Annual administration and progress report of the Indian Medical Department, Bombay
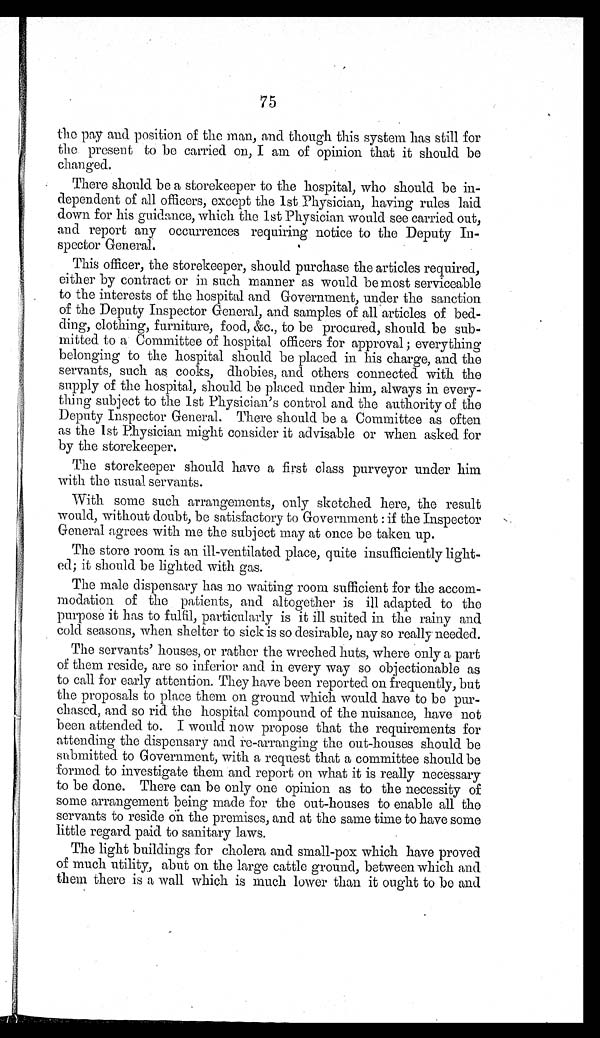
75
the pay and position of the man, and though this system has still for
the present to be carried on, I am of opinion that it should be
changed.
There should be a storekeeper to the hospital, who should be in-
dependent of all officers, except the 1st Physician, having rules laid
down for his guidance, which the 1st Physician would see carried out,
and report any occurrences requiring notice to the Deputy In-
spector General.
This officer, the storekeeper, should purchase the articles required,
either by contract or in such manner as would be most serviceable
to the interests of the hospital and Government, under the sanction
of the Deputy Inspector General, and samples of all articles of bed-
ding, clothing, furniture, food, &c., to be procured, should be sub-
mitted to a Committee of hospital officers for approval ; everything
belonging to the hospital should be placed in his charge, and the
servants, such as cooks, dhobies, and others connected with the
supply of the hospital, should be placed under him, always in every-
thing subject to the 1st Physician's control and the authority of the
Deputy Inspector General. There should be a Committee as often
as the 1st Physician might consider it advisable or when asked for
by the storekeeper.
The storekeeper should have a first class purveyor under him
with the usual servants.
With some such arrangements, only sketched here, the result
would, without doubt, be satisfactory to Government : if the Inspector
General agrees with me the subject may at once be taken up.
The store room is an ill-ventilated place, quite insufficiently light-
ed; it should be lighted with gas.
The male dispensary has no waiting room sufficient for the accom-
modation of the patients, and altogether is ill adapted to the
purpose it has to fulfil, particularly is it ill suited in the rainy and
cold seasons, when shelter to sick is so desirable, nay so really needed.
The servants' houses, or rather the wreched huts, where only a part
of them reside, are so inferior and in every way so objectionable as
to call for early attention. They have been reported on frequently, but
the proposals to place them on ground which would have to be pur-
chased, and so rid the hospital compound of the nuisance, have not
been attended to. I would now propose that the requirements for
attending the dispensary and re-arranging the out-houses should be
submitted to Government, with a request that a committee should be
formed to investigate them and report on what it is really necessary
to be done. There can be only one opinion as to the necessity of
some arrangement being made for the out-houses to enable all the
servants to reside on the premises, and at the same time to have some
little regard paid to sanitary laws.
The light buildings for cholera and small-pox which have proved
of much utility, abut on the large cattle ground, between which and
them there is a wall which is much lower than it ought to be and